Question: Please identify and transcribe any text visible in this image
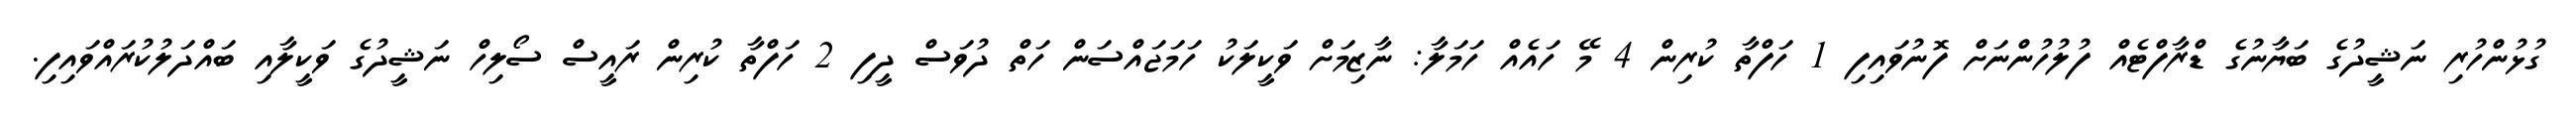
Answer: ގުޅުންހުރި ނަޝީދުގެ ބަޔާނުގެ ޑްރާފްޓެއް ފުލުހުންނަށް ފޮނުވައިފި 1 ހަފްތާ ކުރިން 4 މޭ ހައެއް ހަމަލާ: ނާޒިމަށް ވަކީލަކު ހަމަޖައްސަން ހަތް ދުވަސް ދީފި 2 ހަފްތާ ކުރިން ރައީސް ސޯލިހް ނަޝީދުގެ ވަކީލާއި ބައްދަލުކުރައްވައިފި.